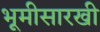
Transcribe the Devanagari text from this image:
भूमीसारखी